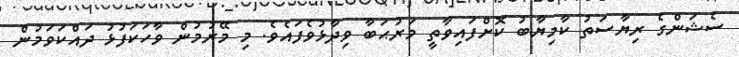
ސެޝަންގެ ރިޔާސަތު ކާމިޔާބު ކޮށްފައިވާތީ މަރުޙަބާ ވިދާޅުވެފައެވެ. މި މޭރުމުން ވާހަކަފުޅު ދައްކަވަމުން